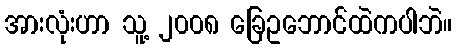
အားလုံးဟာ သူ့ ၂၀၀၈ ခြေဥဘောင်ထဲကပါဘဲ။